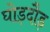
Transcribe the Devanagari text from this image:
घोड़दौड़